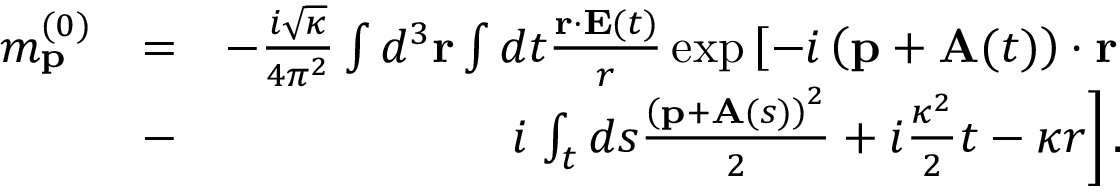
\begin{array} { r l r } { m _ { \mathbf { p } } ^ { ( 0 ) } } & { = } & { - \frac { i \sqrt { \kappa } } { 4 \pi ^ { 2 } } \int d ^ { 3 } \mathbf { r } \int d t \frac { \mathbf { r } \cdot \mathbf { E } ( t ) } { r } \exp \left[ - i \left( \mathbf { p } + \mathbf { A } ( t ) \right) \cdot \mathbf { r } \right. } \\ & { - } & { i \left. \int _ { t } d s \frac { \left( \mathbf { p } + \mathbf { A } ( s ) \right) ^ { 2 } } { 2 } + i \frac { \kappa ^ { 2 } } { 2 } t - \kappa r \right] . } \end{array}